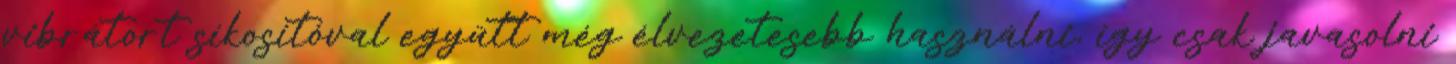
vibrátort síkosítóval együtt még élvezetesebb használni, így csak javasolni